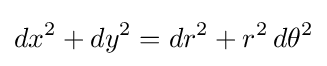
dx^{2}+dy^{2}=dr^{2}+r^{2}\,d\theta ^{2}